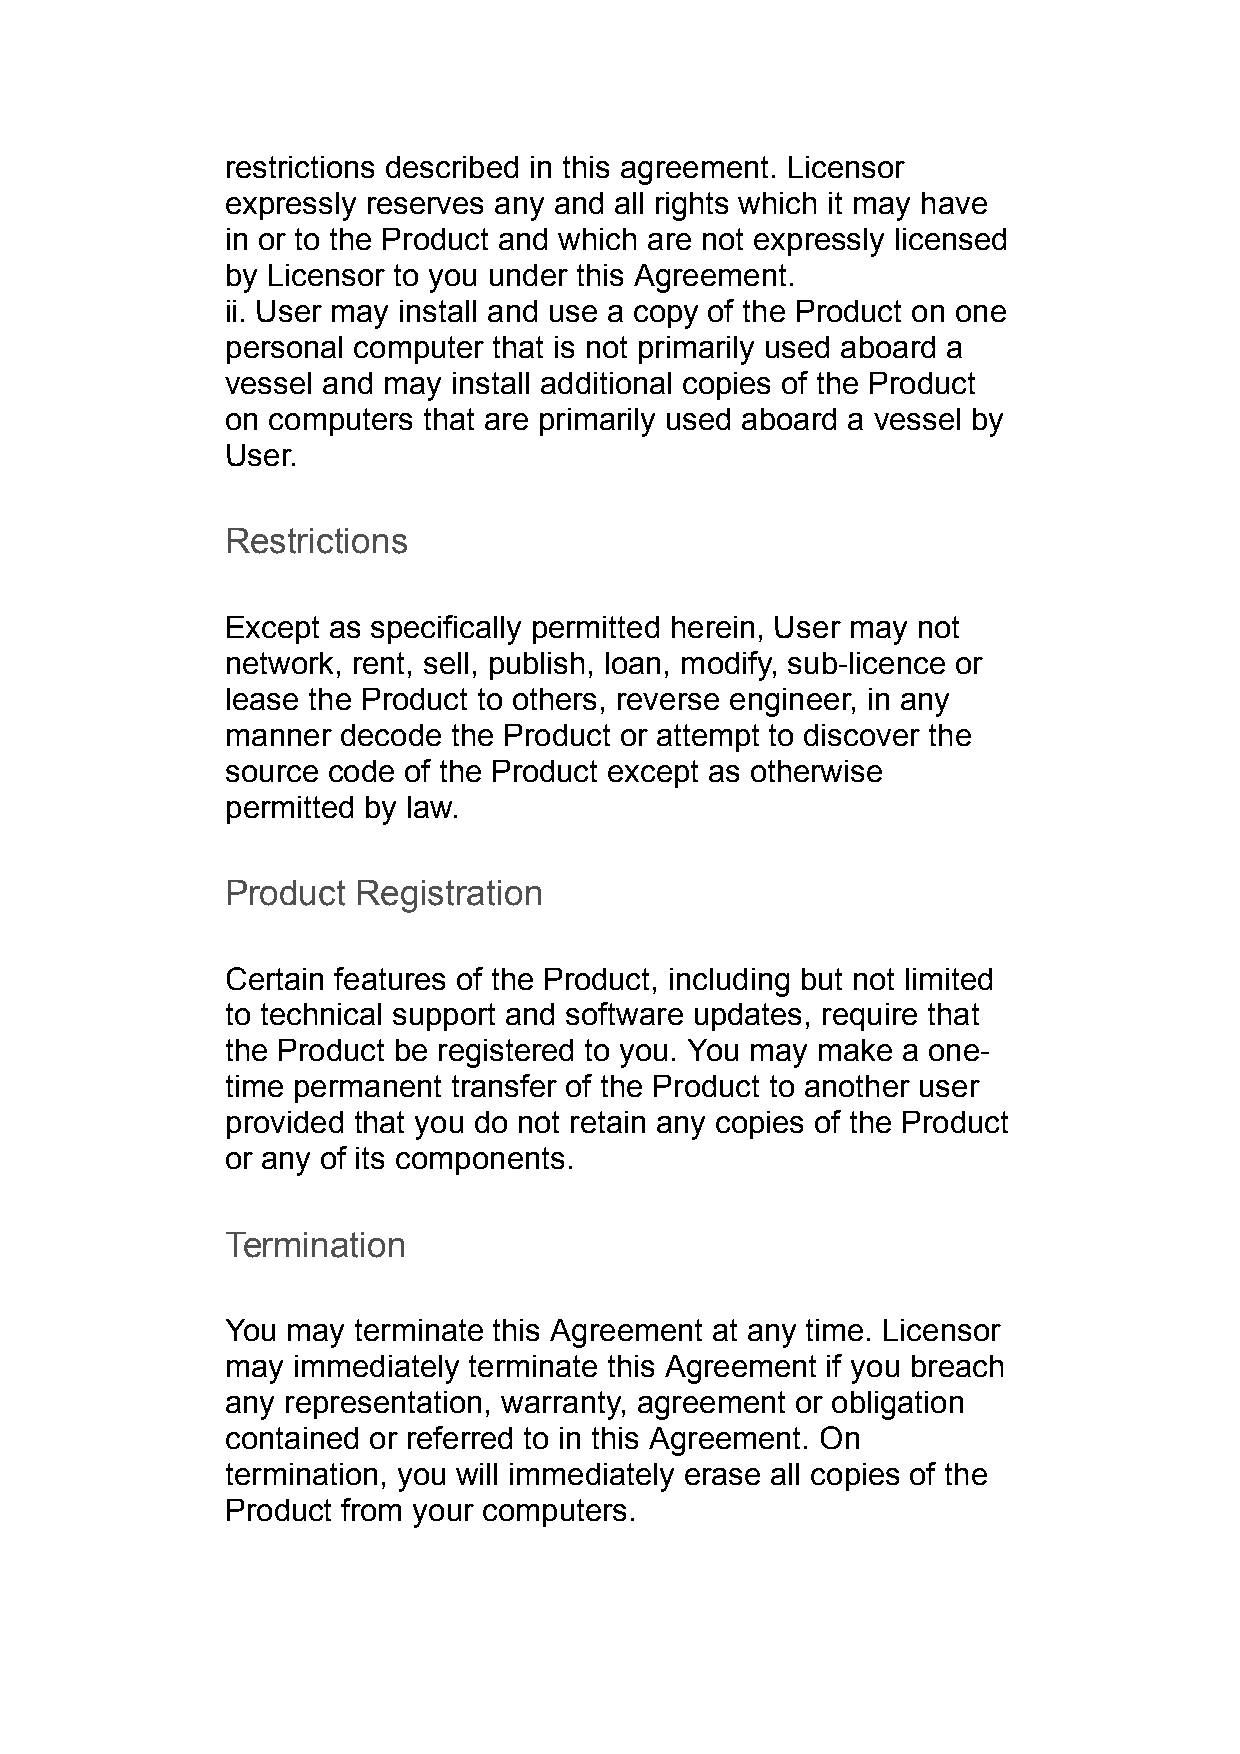
restrictions described in this agreement. Licensor
 expressly reserves any and all rights which it may have
 in or to the Product and which are not expressly licensed
 by Licensor to you under this Agreement.
 ii. User may install and use a copy of the Product on one
 personal computer that is not primarily used aboard a
 vessel and may install additional copies of the Product
 on computers that are primarily used aboard a vessel by
 User.
 Restrictions
 Except as specifically permitted herein, User may not
 network, rent, sell, publish, loan, modify, sub-licence or
 lease the Product to others, reverse engineer, in any
 manner decode  the Product or attempt to discover the
 source code of the Product except as otherwise
 permitted by law.
 Product  Registration
 Certain features of the Product, including but not limited
 to technical support and software updates, require that
 the Product be registered to you. You may make a one-
 time permanent transfer of the Product to another user
 provided that you do not retain any copies of the Product
 or any of its components.
 Termination
 You may terminate this Agreement at any time. Licensor
 may immediately terminate this Agreement if you breach
 any representation, warranty, agreement or obligation
 contained or referred to in this Agreement. On
 termination, you will immediately erase all copies of the
 Product from your computers.